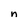
Character: n